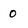
Character: 0